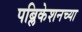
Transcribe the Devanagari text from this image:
पब्लिकेशनच्या